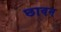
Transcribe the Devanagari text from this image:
छावन